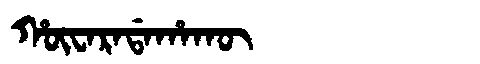
Manchu: ᡥᡡᠸᠠᡵᠠᡩᠠᡥᠠᡴᡡ
Romanization: HŪWARADAHAKŪ